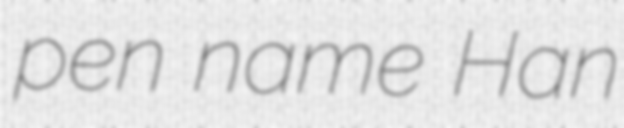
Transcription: pen name Han